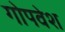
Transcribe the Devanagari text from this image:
गोपवेश